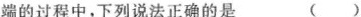
端的过程中，下列说法正确的是 ( )